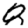
Digit: 8